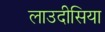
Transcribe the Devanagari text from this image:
लाउदीसिया